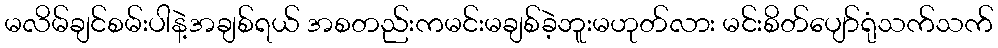
မလိမ်ချင်စမ်းပါနဲ့အချစ်ရယ် အစတည်းကမင်းမချစ်ခဲ့ဘူးမဟုတ်လား မင်းစိတ်ပျော်ရုံသက်သက်